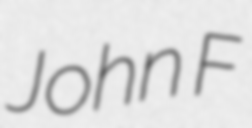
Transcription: John F